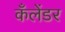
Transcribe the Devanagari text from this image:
कँलेंडर